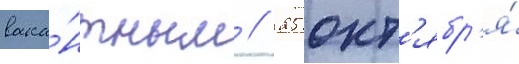
вака́нтным // 25 окт'ябр'я́